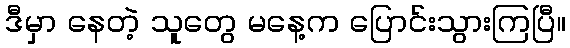
ဒီမှာ နေတဲ့ သူတွေ မနေ့က ပြောင်းသွားကြပြီ။